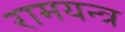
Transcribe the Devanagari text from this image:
रामयन्त्र